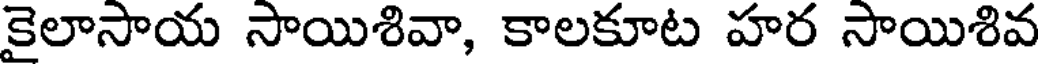
కైలాసాయ సాయిశివా, కాలకూట హర సాయిశివ